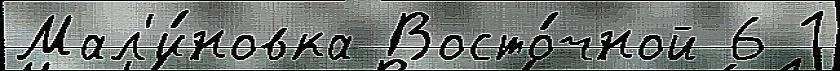
Мал'и́новка Восто́чной 6 1